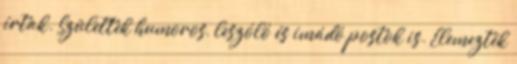
írtak. Születtek humoros, leszóló és imádó postok is. Elemezték